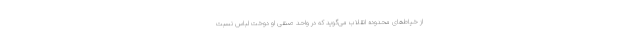
از خیاط‌های محدوده انقلاب می‌گوید که در واحد صنفی او دوخت لباس نسبت